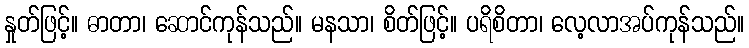
နှုတ်ဖြင့်။ ဓာတာ၊ ဆောင်ကုန်သည်။ မနသာ၊ စိတ်ဖြင့်။ ပရိစိတာ၊ လေ့လာအပ်ကုန်သည်။